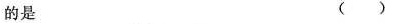
的是 ()